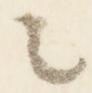
々